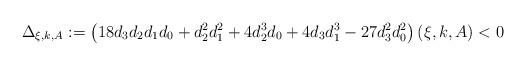
LaTeX: \begin{align*}\Delta_{\xi,k,A}:=\left(18d_3d_2d_1d_0+d_2^2d_1^2+4d_2^3d_0+4d_3d_1^3-27d_3^2d_0^2\right)(\xi,k,A)<0\end{align*}